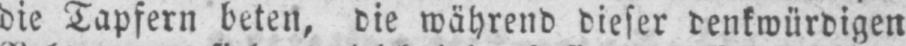
die Tapfern beten, die während dieser denkwürdigen